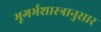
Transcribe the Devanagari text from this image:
भूगर्भशास्त्रानुसार